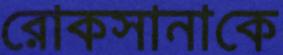
রোকসানাকে